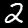
Label: 2